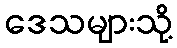
ဒေသများသို့